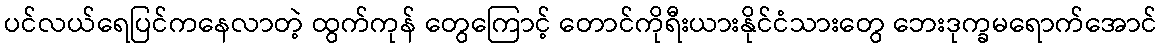
ပင်လယ်ရေပြင်ကနေလာတဲ့ ထွက်ကုန် တွေကြောင့် တောင်ကိုရီးယားနိုင်ငံသားတွေ ဘေးဒုက္ခမရောက်အောင်